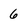
Character: 6